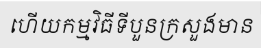
ហើយកម្មវិធីទីបួនក្រសួងមាន